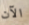
الآن